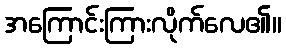
အကြောင်းကြားလိုက်လေ၏။